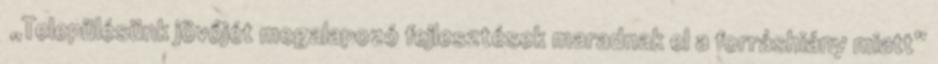
▪„Településünk jövőjét megalapozó fejlesztések maradnak el a forráshiány miatt”